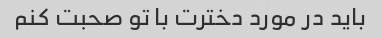
باید در مورد دخترت با تو صحبت کنم